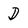
Character: D